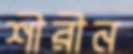
শীরীন